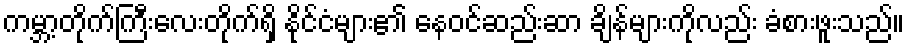
ကမ္ဘာ့တိုက်ကြီးလေးတိုက်ရှိ နိုင်ငံများ၏ နေဝင်ဆည်းဆာ ချိန်များကိုလည်း ခံစားဖူးသည်။